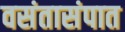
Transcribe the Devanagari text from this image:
वसंतासंपात